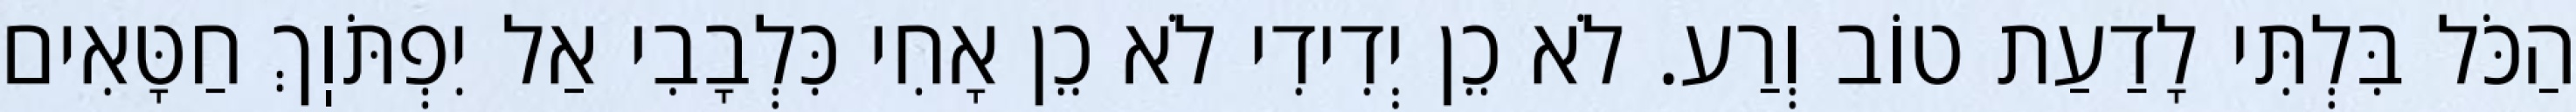
הַכֹּל בִּלְתִּי לָדַעַת טוֹב וְרַע. לֹא כֵן יְדִידִי לֹא כֵן אָחִי כִּלְבָבִי אַל יִפְתֹּוֽךְ חַטָּאִים